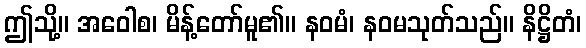
ဤသို့။ အဝေါစ၊ မိန့်တော်မူ၏။ နဝမံ၊ နဝမသုတ်သည်။ နိဋ္ဌိတံ၊